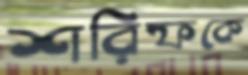
শরিফকে